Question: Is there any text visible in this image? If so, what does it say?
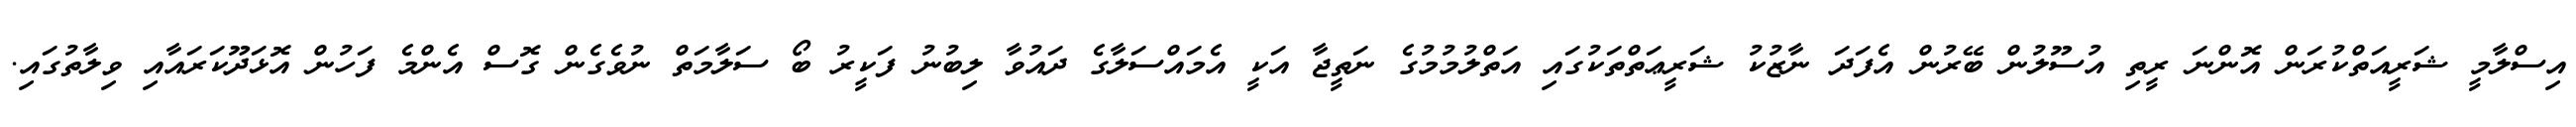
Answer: އިސްލާމީ ޝަރީއަތްކުރަން އޮންނަ ރީތި އުސޫލުން ބޭރުން އެފަދަ ނާޒުކު ޝަރީޢަތްތަކުގައި އަތްލުމުމުގެ ނަތީޖާ އަކީ އެމައްސަލާގެ ދައުވާ ލިބުނު ފަކީރު ބޯ ސަލާމަތް ނުވެގެން ގޮސް އެންމެ ފަހުން އޮޅަދޫކަރައާއި ވިލާތުގައި.